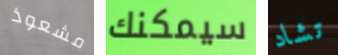
مشعوذ سيمكنك تشاد